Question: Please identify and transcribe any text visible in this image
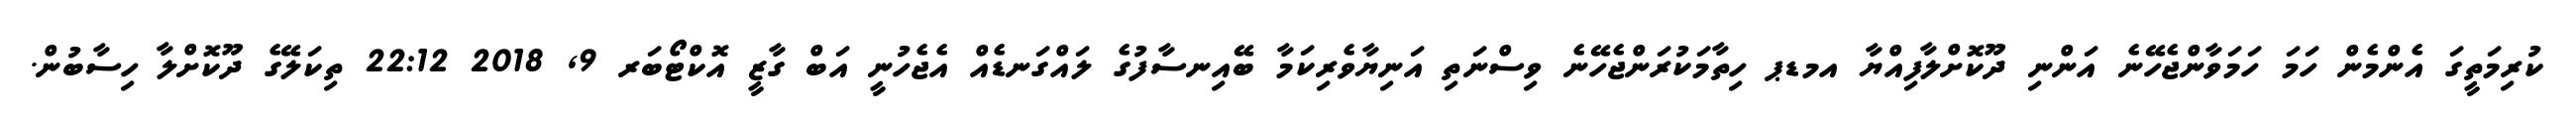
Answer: ކުރިމަތީގަ އެންމެން ހަމަ ހަމަވާންޖެހޭނެ އަންނި ދޫކޮށްލާފިއްޔާ އމޑޕ ހިތާމަކުރަންޖެހޭނެ ވިސްނަތި އަނިޔާވެރިކަމާ ބޭއިނސާފުގެ ލައްގަނޑެއް އެޖެހުނީ އަބް ގާޒީ އޮކްޓޯބަރ 9, 2018 22:12 ތިކަލޭގެ ދޫކޮށްލާ ހިސާބުން.